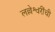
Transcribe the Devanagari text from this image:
लल्लेश्वरींची